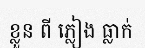
ខ្លួន ពី ភ្លៀង ធ្លាក់